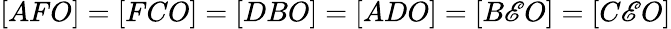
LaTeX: [AFO]=[FCO]=[DBO]=[ADO]=[B\mathscr{E}O]=[C\mathscr{E}O]